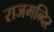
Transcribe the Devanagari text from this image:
राजमन्दिर